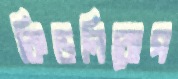
কিডনিরোগ